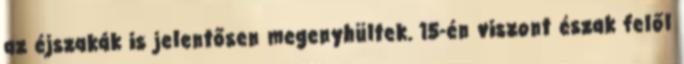
az éjszakák is jelentősen megenyhültek. 15-én viszont észak felől